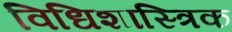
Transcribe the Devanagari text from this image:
विधिशास्त्रिक